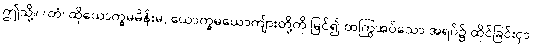
ဤသို့။ (တံ၊ ထိုယောက္ခမမိန်းမ, ယောက္ခမယောကျ်ားတို့ကို မြင်၍ ထကြွအပ်သော အရပ်၌ ထိုင်ခြင်းငှာ